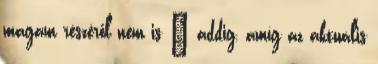
magam részéről nem is – addig, amíg az aktuális